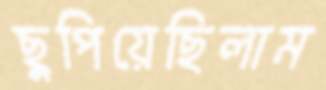
ছুপিয়েছিলাম